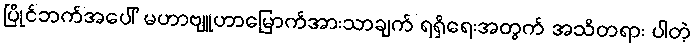
ပြိုင်ဘက်အပေါ် မဟာဗျူဟာမြောက်အားသာချက် ရရှိရေးအတွက် အသိတရား ပါတဲ့